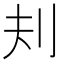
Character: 𪞾